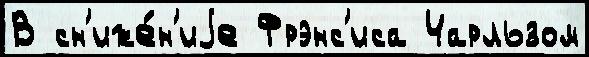
В сн'иже́н'иjе Фрэнс'иса Чарльзом